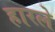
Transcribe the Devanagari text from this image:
हारले